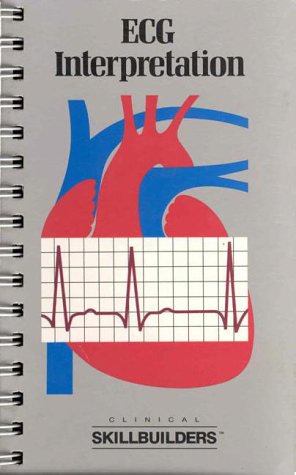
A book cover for ECG Interpretation (Clinical Skillbuilders); Springhouse Corporation; Medical Books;